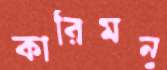
কারিমনু